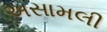
અસામલી